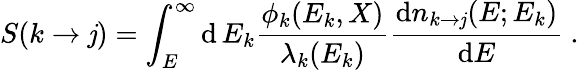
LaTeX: S(k\rightarrow\mathit{j})=\int_{E}^{\infty}\mathrm{{d}}\, E_{k}{\frac{{\phi_{k}(E_{k},X)}}{{\lambda_{k}(E_{k})}}}{\frac{{\mathrm{{d}}n_{k\rightarrow\mathit{j}}(E;E_{k})}}{{\mathrm{{d}}E}}}\ .